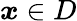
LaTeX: \boldsymbol{x}\in D